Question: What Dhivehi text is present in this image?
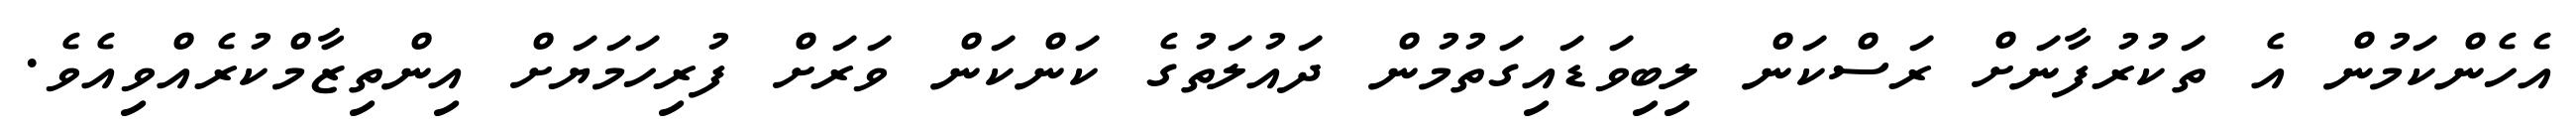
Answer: އެހެންކަމުން އެ ތަކުރުފާނަށް ރަސްކަން ލިބިވަޑައިގަތުމުން ދައުލަތުގެ ކަންކަން ވަރަށް ފުރިހަމަޔަށް އިންތިޒާމްކުރެއްވިއެވެ.